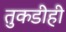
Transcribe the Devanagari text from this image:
तुकडीही